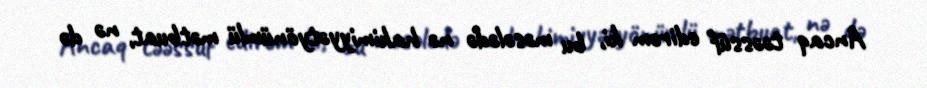
Ancaq təəssüf edirəm ki, bu məsələdə nə hakimiyyətyönümlü mətbuat, nə də